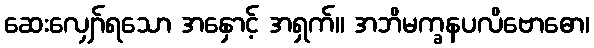
ဆေးလျှော်ရသော အနှောင့် အရှက်။ အဘိမက္ခနပလိဗောဓော၊